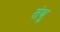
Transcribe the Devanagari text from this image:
तंबु